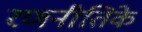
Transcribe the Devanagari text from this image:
रणनीतिके